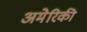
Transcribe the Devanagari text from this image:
अमेेरिकी